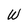
Character: W